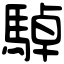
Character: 䮓